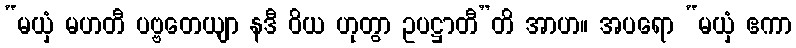
“မယှံ မဟတီ ပဗ္ဗတေယျာ နဒီ ဝိယ ဟုတွာ ဥပဋ္ဌာတီ”တိ အာဟ။ အပရော “မယှံ ဧကာ